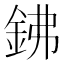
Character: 鉘